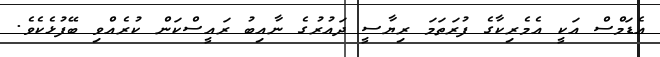
އެޑަމްސް އަކީ އެެމެރިކާގެ ފުރަތަމަ ރިޔާސީ ދައުރުގެ ނާއިބު ރައީސްކަން ކުރެއްވި ބޭފުޅެކެވެ.